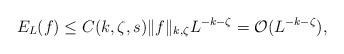
LaTeX: \begin{align*}E_L(f)\leq C(k,\zeta,s)\|f\|_{k,\zeta}L^{-k-\zeta}=\mathcal{O}(L^{-k-\zeta}),\end{align*}